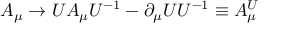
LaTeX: A _ { \mu } \rightarrow U A _ { \mu } U ^ { - 1 } - \partial _ { \mu } U U ^ { - 1 } \equiv A _ { \mu } ^ { U }